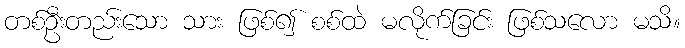
တစ်ဦးတည်းသော သား ဖြစ်၍ စစ်ထဲ မလိုက်ခြင်း ဖြစ်သလော မသိ။